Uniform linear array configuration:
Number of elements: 32
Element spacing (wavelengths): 0.5
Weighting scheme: exponential
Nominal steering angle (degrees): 45
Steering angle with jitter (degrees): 45.78
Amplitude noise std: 0.05
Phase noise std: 0.05

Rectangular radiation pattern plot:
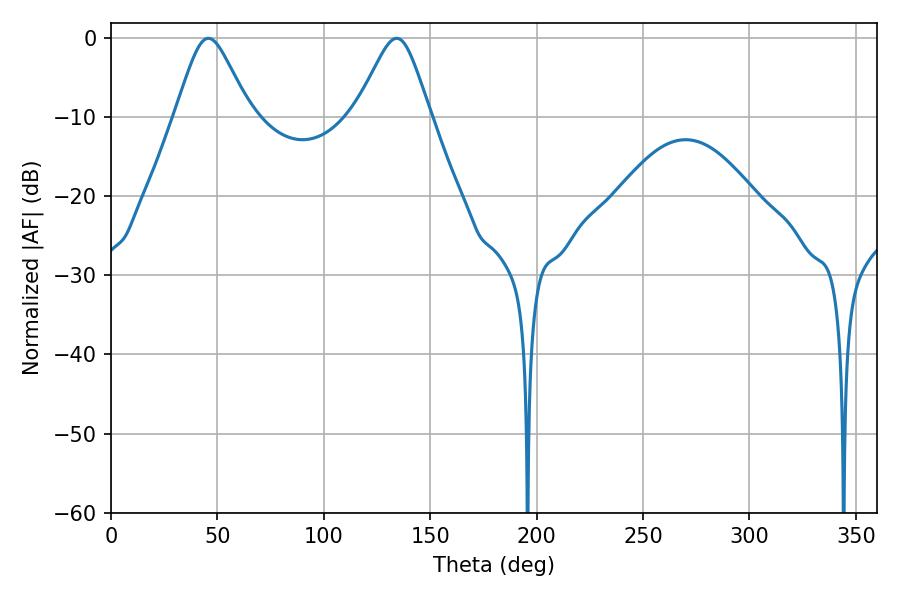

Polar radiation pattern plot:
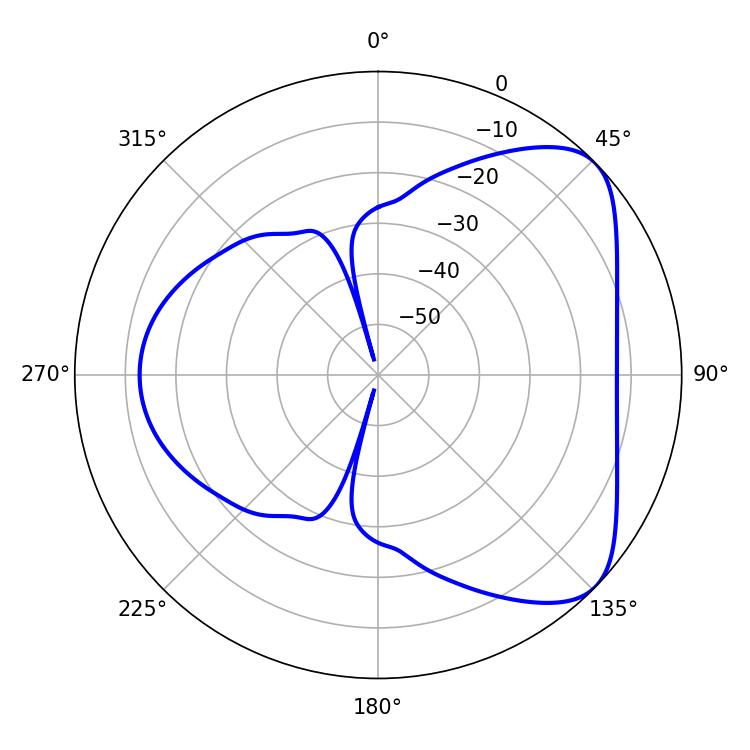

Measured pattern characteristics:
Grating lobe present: FALSE
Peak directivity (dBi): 5.935
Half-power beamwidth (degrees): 16.74
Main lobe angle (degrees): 45.72